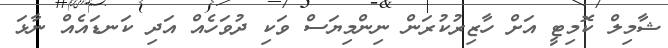
ޝާމިލް ކޮމިޓީ އަށް ހާޒިރުކުރަން ނިންމިޔަސް ވަކި ދުވަހެއް އަދި ކަނޑައެއް ނާޅަ